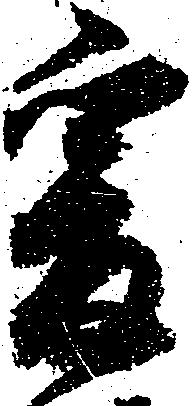
爰